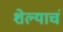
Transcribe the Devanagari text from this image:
शेल्याचं